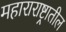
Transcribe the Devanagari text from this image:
महाराराष्ट्रातील